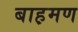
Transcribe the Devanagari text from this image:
बाह़मण